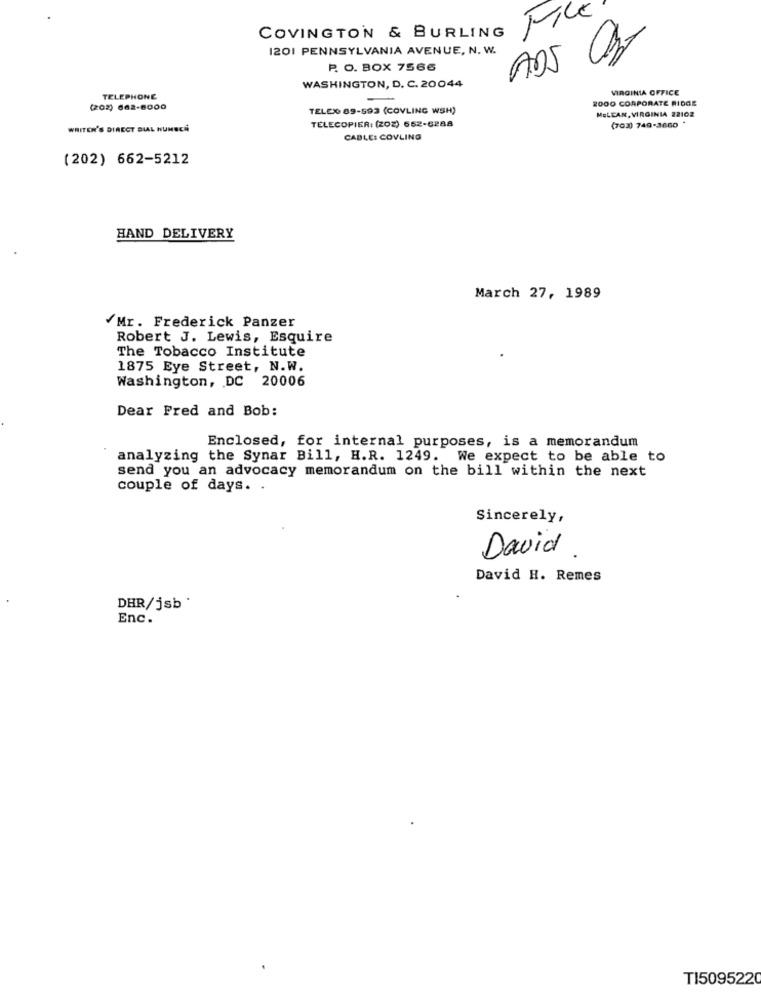
COVINGTON & BURLING
FI
1201 PENNSYLVANIA AVENUE, N. W.
P. O. BOX 7566
ADS
WASHINGTON, D. C. 20044
VIRGINIA OFFICE
TELEPHONE
2OOO CORPORATE RIDGE
(202) 662-6000
TELE% 89-593 (COVLING WSH)
MELEAN, VIRGINIA 22102
WRITER'S DIRECT DIAL HUNSCH
TELECOPIER: (2OZ) 652-6288
(703) 749-3660
CABLE: COVLING
(202) 662-5212
HAND DELIVERY
March 27, 1989
/Mr. Frederick Panzer
Robert J. Lewis, Esquire
The Tobacco Institute
1875 Eye Street, N.W.
Washington, DC 20006
Dear Fred and Bob:
Enclosed, for internal purposes, is a memorandum
analyzing the Synar Bill, H.R. 1249. We expect to be able to
send you an advocacy memorandum on the bill within the next
couple of days. .
Sincerely,
David
David H. Remes
DHR/jsb'
Enc.
TI5095220